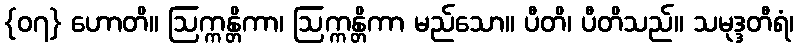
{၀၇} ဟောတိ။ ဩက္ကန္တိကာ၊ ဩက္ကန္တိကာ မည်သော။ ပီတိ၊ ပီတိသည်။ သမုဒ္ဒတီရံ၊